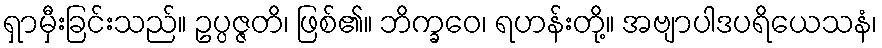
ရှာမှီးခြင်းသည်။ ဥပ္ပဇ္ဇတိ၊ ဖြစ်၏။ ဘိက္ခဝေ၊ ရဟန်းတို့။ အဗျာပါဒပရိယေသနံ၊